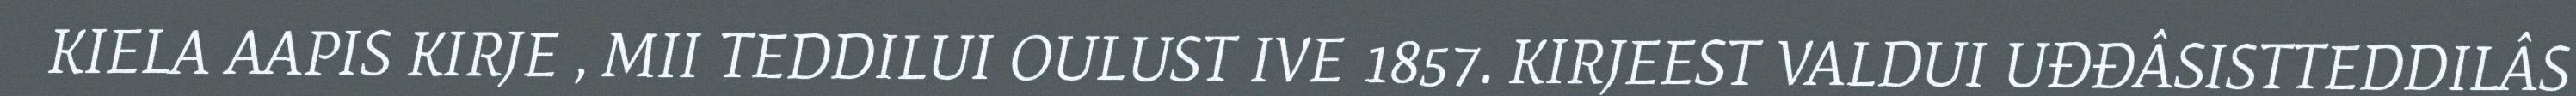
KIELA AAPIS KIRJE , MII TEDDILUI OULUST IVE 1857. KIRJEEST VALDUI UĐĐÂSISTTEDDILÂS